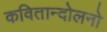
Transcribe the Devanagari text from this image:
कवितान्दोलनो